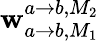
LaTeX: \mathbf{w}_{a\rightarrow b,M_{1}}^{a\rightarrow b,M_{2}}